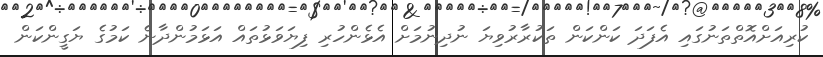
ކުރިއަށްއޮތްތަނުގައި އެފަދަ ކަންކަން ތަކުރާރުވިޔަ ނުދިނުމަށް އެޅެންހުރި ފިޔަވަޅުތައް އަޅަމުންދާނެ ކަމުގެ ޔަގީންކަން